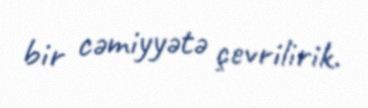
bir cəmiyyətə çevrilirik.